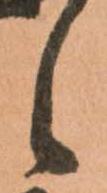
之